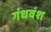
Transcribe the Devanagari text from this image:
गंधवंश